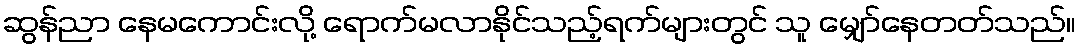
ဆွန်ညာ နေမကောင်းလို့ ရောက်မလာနိုင်သည့်ရက်များတွင် သူ မျှော်နေတတ်သည်။